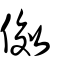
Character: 傚